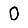
Digit: 0